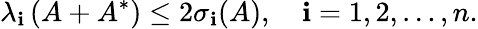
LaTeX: \lambda_{\mathbf{i}}\left(A+A^{*}\right)\leq2\sigma_{\mathbf{i}}(A),\quad\mathbf{i}=1,2,\ldots,n.